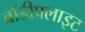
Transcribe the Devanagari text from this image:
बॉडीफ्लाइट